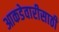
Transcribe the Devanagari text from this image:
आकडेवारीसाठी